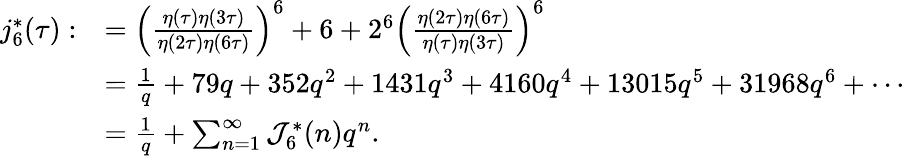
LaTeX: \begin{array}{rl}{j_{6}^{*}(\tau):}&{=\left(\frac{\eta(\tau)\eta(3\tau)}{\eta(2\tau)\eta(6\tau)}\right)^{6}+6+2^{6}\left(\frac{\eta(2\tau)\eta(6\tau)}{\eta(\tau)\eta(3\tau)}\right)^{6}}\\ &{=\frac{1}{q}+79q+352q^{2}+1431q^{3}+4160q^{4}+13015q^{5}+31968q^{6}+\cdots}\\ &{=\frac{1}{q}+\sum_{n=1}^{\infty}\mathcal{J}_{6}^{*}(n)q^{n}.}\end{array}